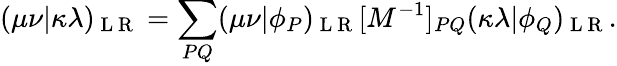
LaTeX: (\mu\nu|\kappa\lambda)_{\mathrm{~L~R~}}=\sum_{PQ}(\mu\nu|\phi_{P})_{\mathrm{~L~R~}}[M^{-1}]_{PQ}(\kappa\lambda|\phi_{Q})_{\mathrm{~L~R~}}.